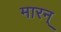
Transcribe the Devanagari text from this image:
मारन्